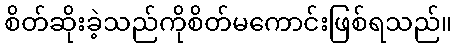
စိတ်ဆိုးခဲ့သည်ကိုစိတ်မကောင်းဖြစ်ရသည်။